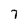
Character: 7